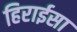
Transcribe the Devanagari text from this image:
हिराईसा